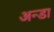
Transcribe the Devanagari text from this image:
अन्डा